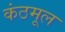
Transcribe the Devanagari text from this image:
कंठमूल